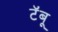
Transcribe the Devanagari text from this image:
टॅबू